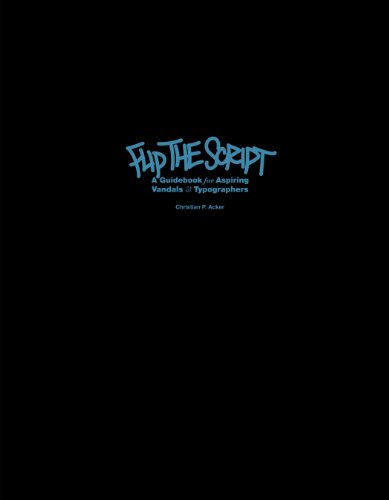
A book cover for Flip the Script; Christian P. Acker; Arts & Photography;